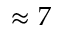
\approx 7